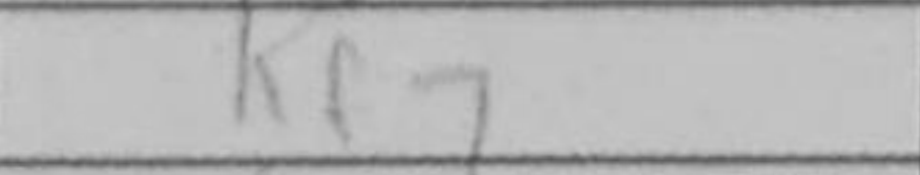
Transcription: Kf7